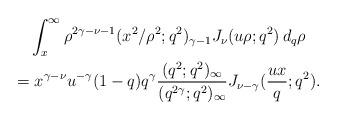
LaTeX: \begin{align*} \begin{gathered} \int_x^\infty \rho^{2\gamma-\nu-1} ({x^2}/{\rho^2}; q^2)_{\gamma-1} J_\nu (u\rho; q^2) \,d_q \rho \\ = x^{\gamma-\nu} u^{-\gamma} (1-q)q^\gamma \frac{(q^2;q^2)_\infty}{(q^{2\gamma};q^2)_\infty}J_{\nu-\gamma}(\frac{u x}{q}; q^2). \end{gathered} \end{align*}